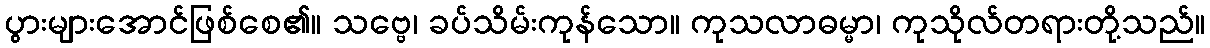
ပွားများအောင်ဖြစ်စေ၏။ သဗ္ဗေ၊ ခပ်သိမ်းကုန်သော။ ကုသလာဓမ္မာ၊ ကုသိုလ်တရားတို့သည်။